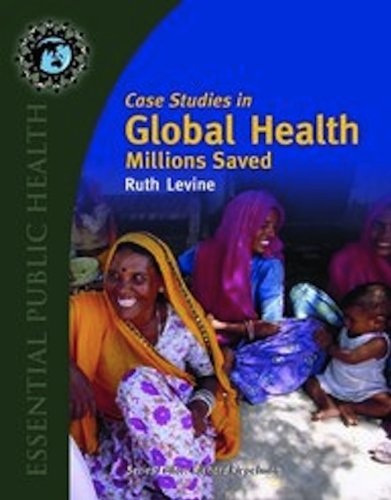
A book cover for Case Studies in Global Health: Millions Saved (Texts in Essential Public Health); Ruth Levine; Medical Books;